Civil Veterinary Department Bihar reports 1940-50 - 1940-1950
Year: 1940
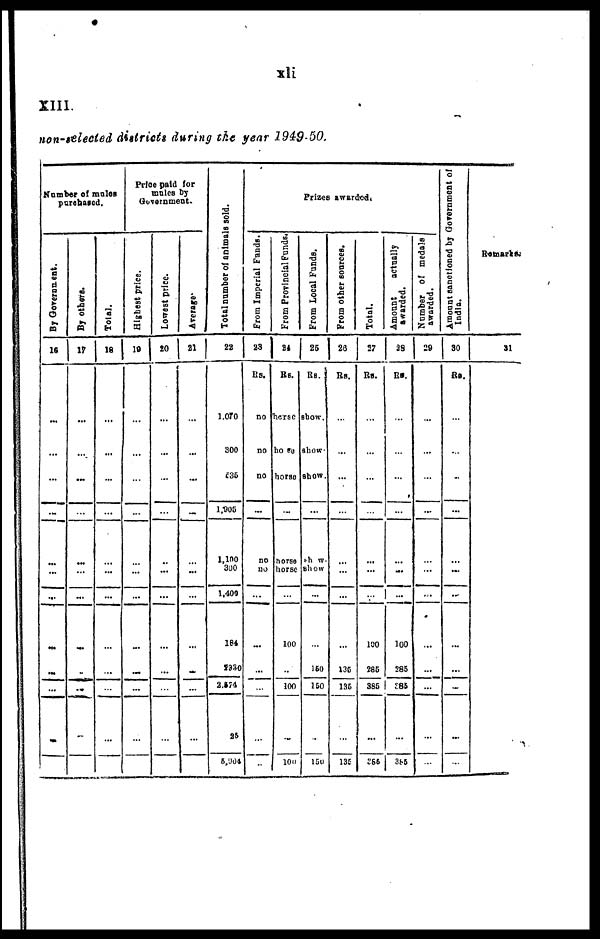
xli
XIII.
non-selected districts during the year 1949-50.
Number of mules
purchased.
By Government.
16
...
...
...
...
...
...
...
...
...
...
...
By others.
17
...
...
...
...
...
...
...
...
...
...
...
Total.
18
...
...
...
...
...
...
...
...
...
...
...
Price paid for
mules by
Government.
Highest price.
19
...
...
...
...
...
...
...
...
...
...
...
Lowest price.
20
...
...
...
...
...
...
...
...
...
...
...
Average.
21
...
...
...
...
...
...
...
...
...
...
...
Total number of animals sold.
22
1,070
300
635
1,905
1,100
300
1.409
184
1320
2,574
25
5,904
Prizes awarded.
From Imperial Funds.
23
Rs.
no
no
no
...
no
no
...
...
...
...
...
...
From Provincial Funds.
24
Rs.
hersc
horse
horse
...
horse
horse
...
100
...
100
...
100
From Local Funds.
25
Rs.
show.
Show
show.
...
Show.
Show
...
...
160
160
...
150
From other sources.
26
Rs.
...
...
...
...
...
...
...
136
136
...
135
Total.
27
Rs.
...
...
...
...
...
...
100
285
385
...
256
Amount
actually
awarded.
28
Rs.
...
...
...
...
...
...
100
285
285
...
385
Number of medals
awarded.
29
...
...
...
...
...
...
...
...
...
...
...
Amount sanotioned by Government of
India.
30
Rs.
...
...
...
...
...
...
...
...
...
...
...
Remarks.
31